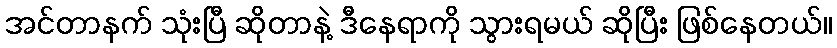
အင်တာနက် သုံးပြီ ဆိုတာနဲ့ ဒီနေရာကို သွားရမယ် ဆိုပြီး ဖြစ်နေတယ်။